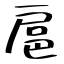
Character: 扈